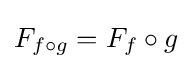
F_{f\circ g}=F_{f}\circ g